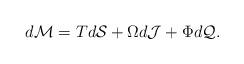
LaTeX: \begin{align*}d\mathcal{M}=Td\mathcal{S}+\Omega d\mathcal{J}+\Phi d\mathcal{Q}.\end{align*}